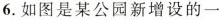
6.如图是某公园新增设的一